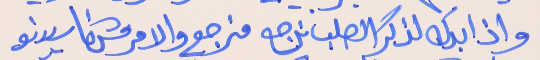
واذا بدك لذكر الصلب نرجع     منرجع والامر مش ناسيينو